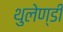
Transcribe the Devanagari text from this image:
थुलेण्डी